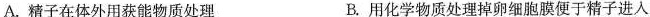
A.精子在体外用获能物质处理 B.用化学物质处理掉卵细胞膜便于精子进入